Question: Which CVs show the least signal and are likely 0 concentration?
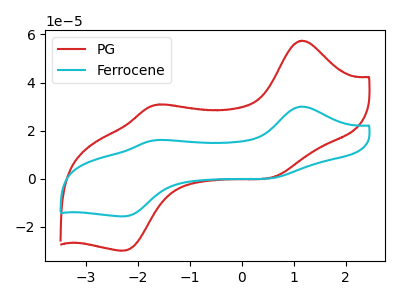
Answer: <think>The red curve "PG" has anodic peaks at (1.15V, 57.40uA) (-1.60V, 30.85uA) and cathodic peaks at (0.65V, 1.10uA) (-2.25V, -29.80uA). The cyan curve "Ferrocene" has anodic peaks at (1.15V, 30.00uA) (-1.60V, 16.15uA) and cathodic peaks at (0.65V, 0.55uA) (-2.25V, -15.55uA).</think>
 <answer>There are not any CV's on this graph that are likely to be blanks.</answer>
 <eval>none</eval>